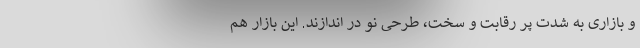
و بازاری به شدت پر رقابت و سخت، طرحی نو در اندازند. این بازار هم